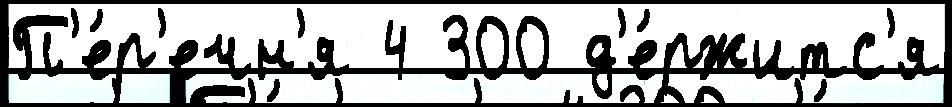
П'е́р'ечн'я 4 300 д'е́ржитс'я